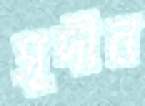
সূদীন